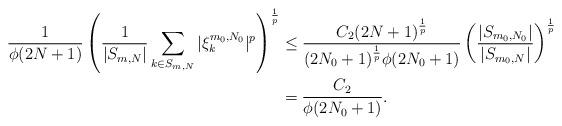
LaTeX: \begin{align*} \frac{1}{\phi(2N+1)} \left(\frac{1}{|S_{m,N}|} \sum_{k\in S_{m,N}} |\xi^{m_0,N_0}_k|^p\right)^\frac1p &\le \frac{C_2(2N+1)^\frac1p }{(2N_0+1)^{\frac1p}\phi(2N_0+1)} \left(\frac{|S_{m_0,N_0}|}{|S_{m_0,N}|}\right)^\frac1p\\&= \frac{C_2}{\phi(2N_0+1)}.\end{align*}